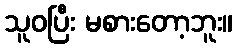
သူဝပြီး မစားတော့ဘူး။